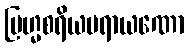
ဗြဟ္မစရိယပရာယဏော